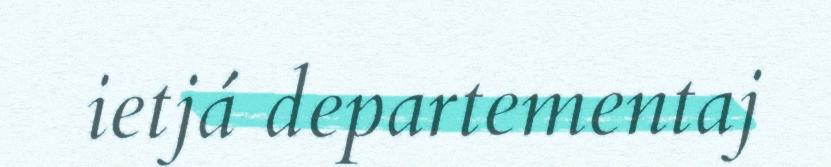
ietjá departementaj